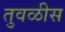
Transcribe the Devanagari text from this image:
तुवळीस